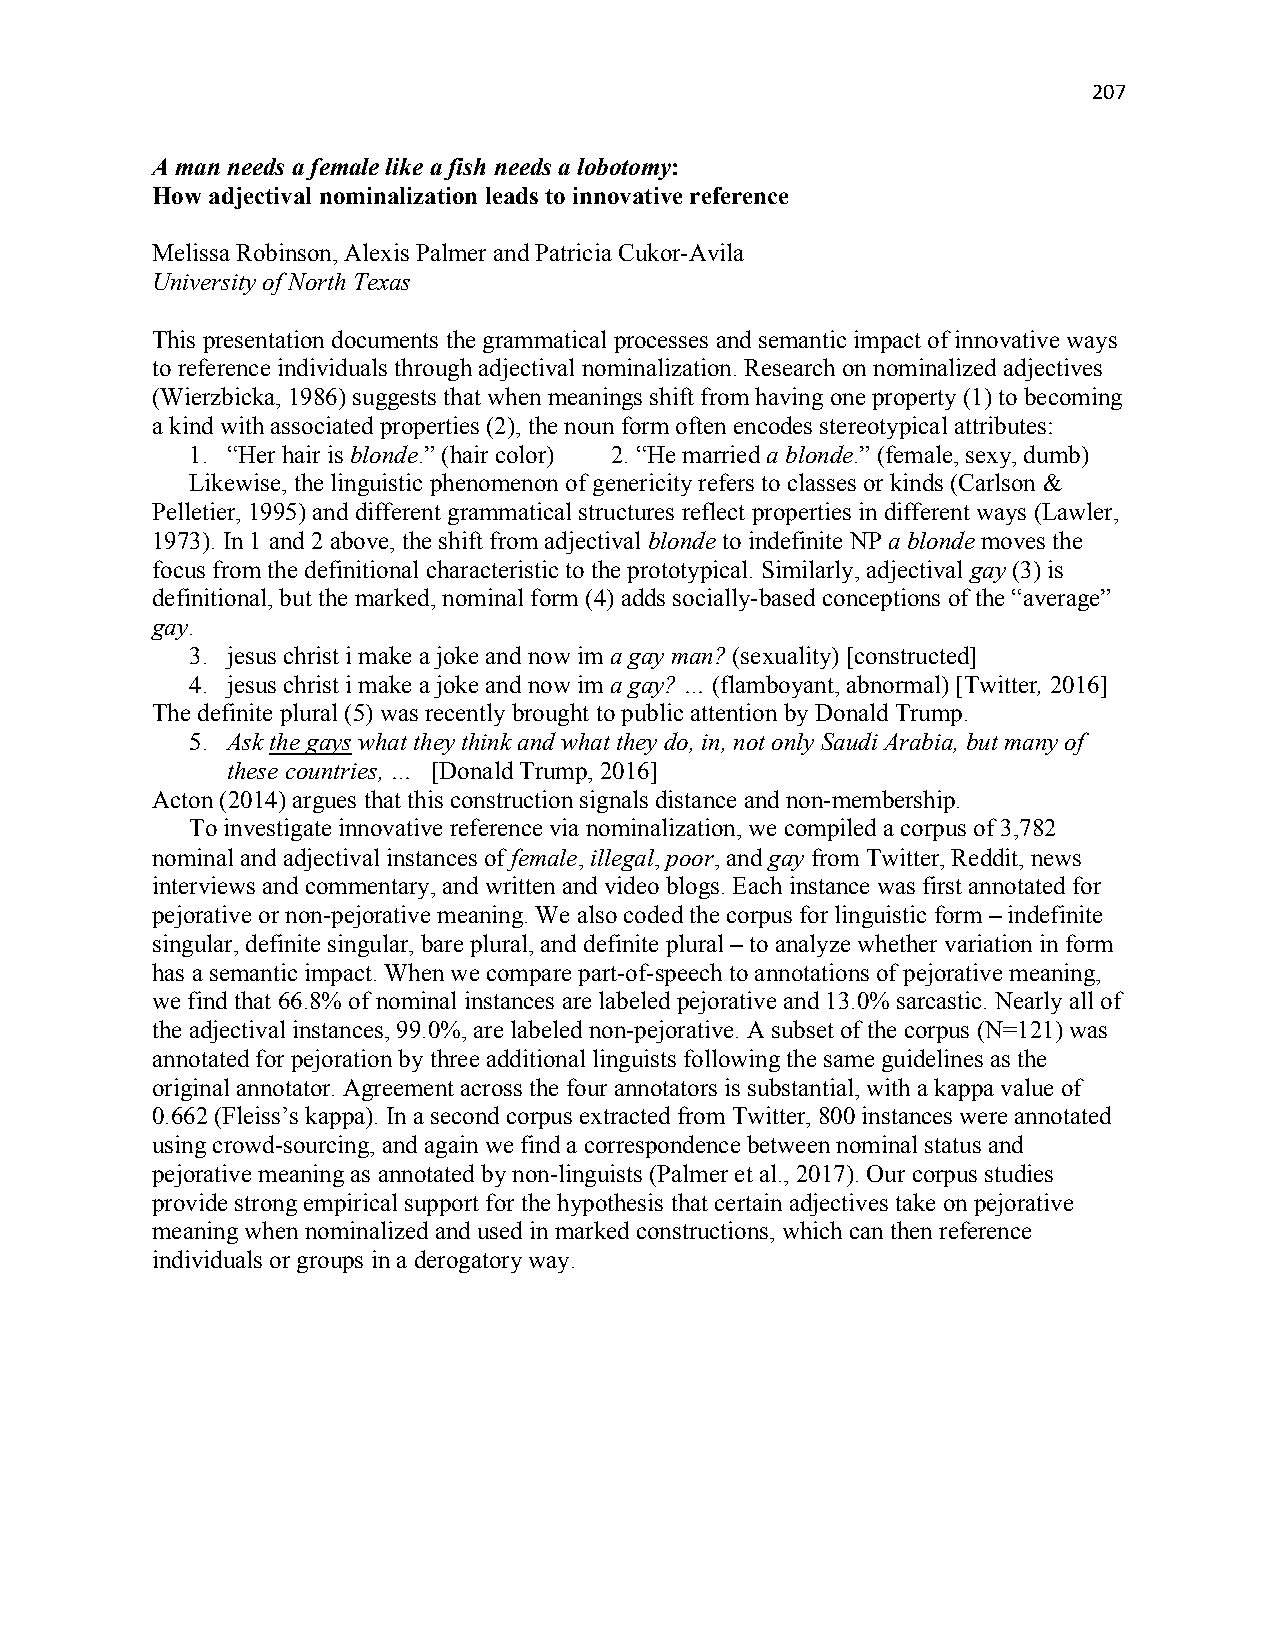
207
 A man needs a female like a fish needs a lobotomy:
 How adjectival nominalization leads to innovative reference
 Melissa Robinson, Alexis Palmer and Patricia Cukor-Avila
 University of North Texas
 This presentation documents the grammatical processes and semantic impact of innovative ways
 to reference individuals through adjectival nominalization. Research on nominalized adjectives
 (Wierzbicka, 1986) suggests that when meanings shift from having one property (1) to becoming
 a kind with associated properties (2), the noun form often encodes stereotypical attributes:
 1. “Her hair is blonde.” (hair color) 2. “He married a blonde.” (female, sexy, dumb)
 Likewise, the linguistic phenomenon of genericity refers to classes or kinds (Carlson &
 Pelletier, 1995) and different grammatical structures reflect properties in different ways (Lawler,
 1973). In 1 and 2 above, the shift from adjectival blonde to indefinite NP a blonde moves the
 focus from the definitional characteristic to the prototypical. Similarly, adjectival gay (3) is
 definitional, but the marked, nominal form (4) adds socially-based conceptions of the “average”
 gay.
 3. jesus christ i make a joke and now im a gay man? (sexuality) [constructed]
 4. jesus christ i make a joke and now im a gay? … (flamboyant, abnormal) [Twitter, 2016]
 The definite plural (5) was recently brought to public attention by Donald Trump.
 5. Ask the gays what they think and what they do, in, not only Saudi Arabia, but many of
 these countries, … [Donald Trump, 2016]
 Acton (2014) argues that this construction signals distance and non-membership.
 To investigate innovative reference via nominalization, we compiled a corpus of 3,782
 nominal and adjectival instances of female, illegal, poor, and gay from Twitter, Reddit, news
 interviews and commentary, and written and video blogs. Each instance was first annotated for
 pejorative or non-pejorative meaning. We also coded the corpus for linguistic form – indefinite
 singular, definite singular, bare plural, and definite plural – to analyze whether variation in form
 has a semantic impact. When we compare part-of-speech to annotations of pejorative meaning,
 we find that 66.8% of nominal instances are labeled pejorative and 13.0% sarcastic. Nearly all of
 the adjectival instances, 99.0%, are labeled non-pejorative. A subset of the corpus (N=121) was
 annotated for pejoration by three additional linguists following the same guidelines as the
 original annotator. Agreement across the four annotators is substantial, with a kappa value of
 0.662 (Fleiss’s kappa). In a second corpus extracted from Twitter, 800 instances were annotated
 using crowd-sourcing, and again we find a correspondence between nominal status and
 pejorative meaning as annotated by non-linguists (Palmer et al., 2017). Our corpus studies
 provide strong empirical support for the hypothesis that certain adjectives take on pejorative
 meaning when nominalized and used in marked constructions, which can then reference
 individuals or groups in a derogatory way.